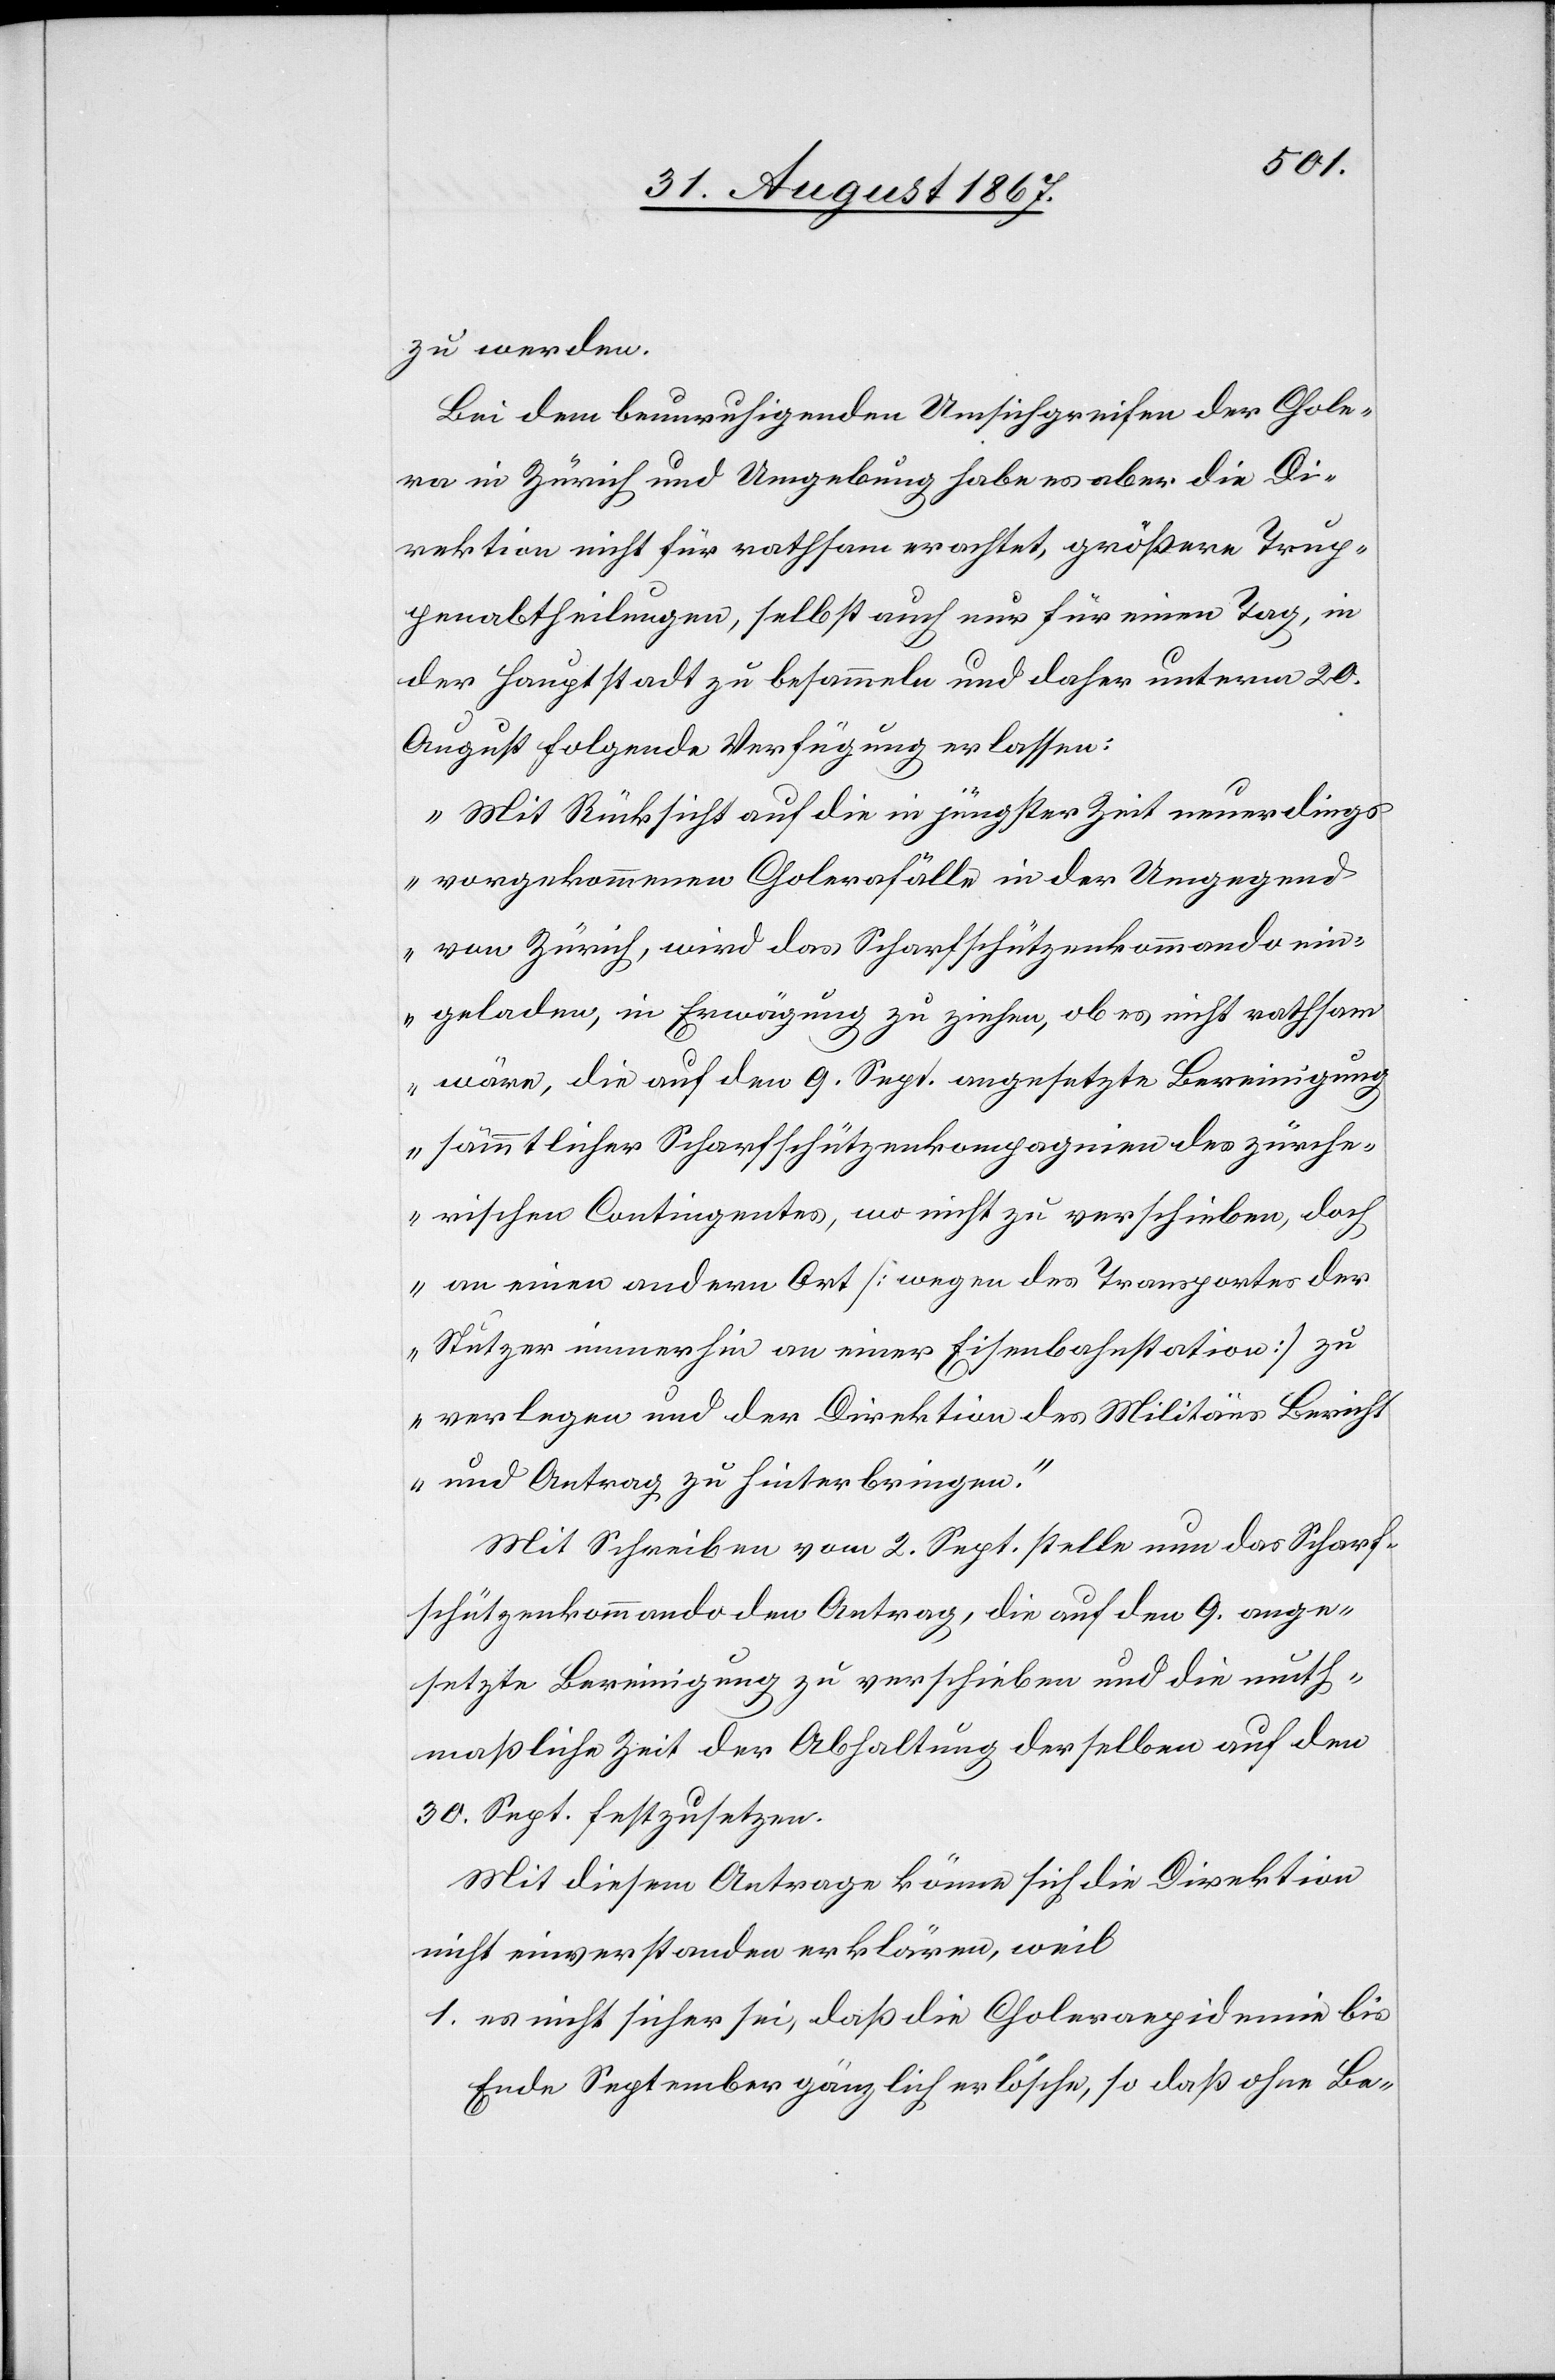
zu werden.
Bei dem beunruhigenden Umsichgreifen der Chole¬
ra in Zürich und Umgebung habe es aber die Di¬
rektion nicht für rathsam erachtet, größere Trup¬
penabtheilungen, selbst auch nur für einen Tag, in
der Hauptstadt zu besammeln und daher unterm 20.
August folgende Verfügung erlassen:
„Mit Rücksicht auf die in jüngster Zeit neuerdings
vorgekommenen Cholerafälle in der Umgegend
von Zürich, wird das Scharfschützenkommando ein¬
geladen, in Erwägung zu ziehen, ob es nicht rathsam
wäre, die auf den 9. Sept. angesetzte Bereinigung
sämmtlicher Scharfschützenkompagnien des zürche¬
rischen Contingentes, wo nicht zu verschieben, doch
an einen andern Ort [wegen des Transportes der
Stutzer immerhin an einer Eisenbahnstation] zu
verlegen und der Direktion des Militärs Bericht
und Antrag zu hinterbringen.“
Mit Schreiben vom 2. Sept. stelle nun das Scharf¬
schützenkommando den Antrag, die auf den 9. ange¬
setzte Bereinigung zu verschieben und die muth¬
maßliche Zeit der Abhaltung derselben auf den
30. Sept. festzusetzen.
Mit diesem Antrage könne sich die Direktion
nicht einverstanden erklären, weil
1. es nicht sicher sei, daß die Choleraepidemie bis
Ende September gänzlich erlösche, so daß ohne Be-